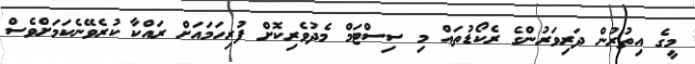
މީގެ އިތުރުން ދަރިވަރުންގެ ރެކޯޑުތައް މި ސިސްޓަމް މެދުވެރިކޮށް ފުރިހަމައަށް ރައްކާ ކުރެވޭނެކަމަށްވެސް